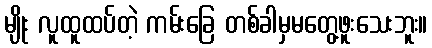
မျိုး လူထူထပ်တဲ့ ကမ်းခြေ တစ်ခါမှမတွေ့ဖူးသေးဘူး။